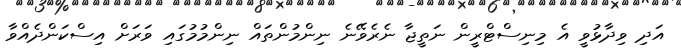
އަދި ވިދާޅުވީ އެ މިނިސްޓްރީން ނަތީޖާ ނެރެވޭނެ ނިންމުންތައް ނިންމުމުގައި ވަރަށް އިސްކަންދެއްވާ